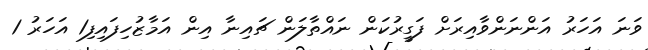
ވަނަ އަހަރު އަންނަންވާއިރަށް ފަގީރުކަން ނައްތާލަން ޗައިނާ އިން އަމާޒުހިފައިފި1 އަހަރު 1